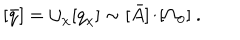
[ \bar { q } ] = \cup _ { \chi } [ q _ { \chi } ] \sim [ \bar { A } ] / [ \Omega _ { 0 } ] \ .